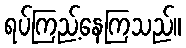
ရပ်ကြည့်နေကြသည်။